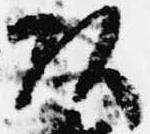
頭